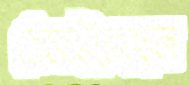
ঠেসাইতেছেন